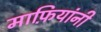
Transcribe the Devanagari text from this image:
माफ़ियांनी